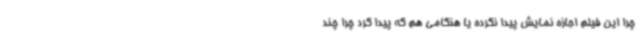
چرا این فیلم اجازه نمایش پیدا نکرده یا هنگامی هم که پیدا کرد چرا چند